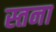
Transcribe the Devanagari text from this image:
स्तना